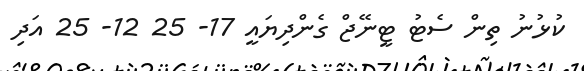
ކުޅުނު ތިން ސެޓު ޓީނޭޖް ގެންދިޔައީ 17- 25 12- 25 އަދި